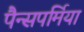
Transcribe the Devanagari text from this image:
पैन्सपर्मिया